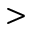
>